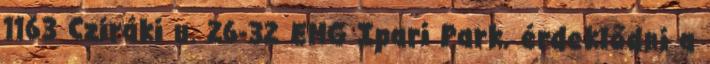
1163 Cziráki u. 26-32 EMG Ipari Park, érdeklődni a